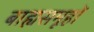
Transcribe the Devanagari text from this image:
बाह्यसमूहों